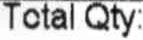
TOTAL QTY: